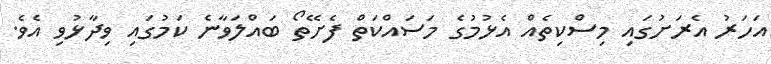
އަހަރު އެރަށުގައި މިސްކިތެއް އެޅުމުގެ މަސައްކަތް ފެށޭތޯ ބައްލަވާނެ ކަމުގައި ވިދާޅުވި އެވެ.